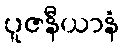
ပူဇနီယာနံ